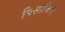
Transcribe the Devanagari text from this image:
पिसाचिनी